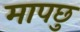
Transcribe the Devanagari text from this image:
मापछु